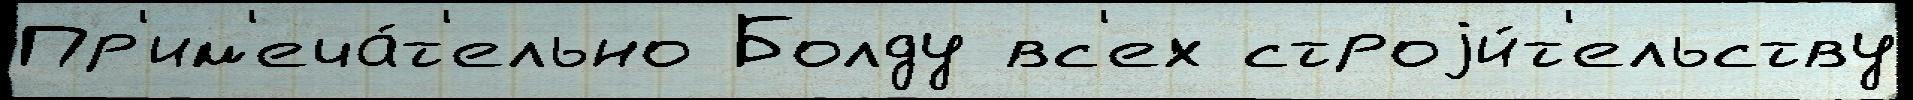
Пр'им'еча́т'ельно Болду вс'ех строjи́т'ельству